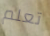
تعلم